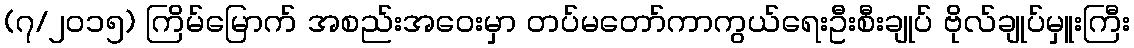
(၇/၂၀၁၅) ကြိမ်မြောက် အစည်းအဝေးမှာ တပ်မတော်ကာကွယ်ရေးဦးစီးချုပ် ဗိုလ်ချုပ်မှူးကြီး